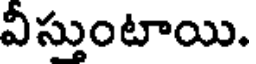
వీస్తుంటాయి.